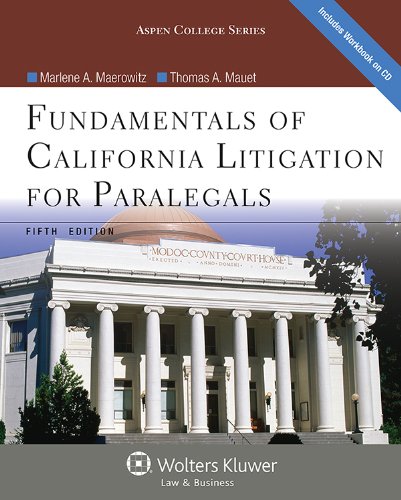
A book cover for Fundamentals of California Litigation for Paralegals, Fifth Edition (Aspen College); Marlene A. Maerowitz; Law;